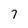
Character: 7